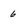
Character: 6